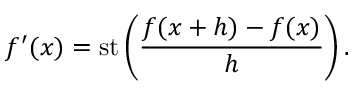
f ^ { \prime } ( x ) = \operatorname { s t } \left( { \frac { f ( x + h ) - f ( x ) } { h } } \right) .